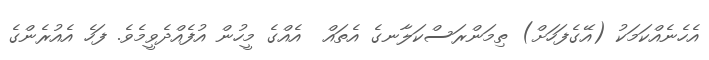
އެހެނެއްކަމަކު (އޭގެފަހަށް) ތިމަންރަސްކަލާނގެ އެތައް  އެއްގެ މީހުން އުފެއްދެވީމެވެ. ފަހެ އެއުރެންގެ